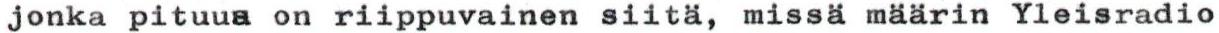
jonka pituus on riippuvainen siitä, missä määrin Yleisradio